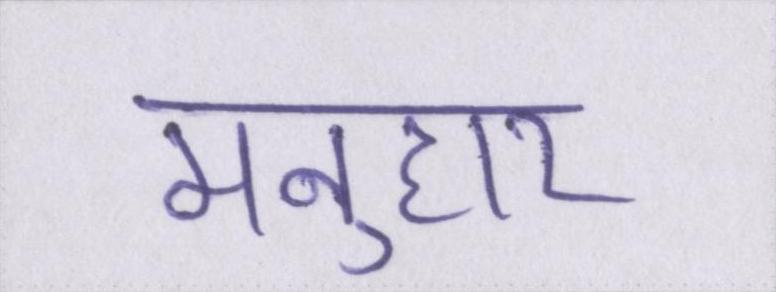
मनुहार